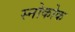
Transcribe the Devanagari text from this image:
स्नोकोक